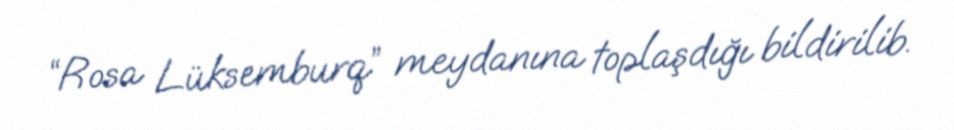
“Rosa Lüksemburq” meydanına toplaşdığı bildirilib.